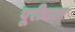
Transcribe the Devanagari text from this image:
पूरीधाम